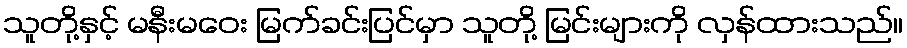
သူတို့နှင့် မနီးမဝေး မြက်ခင်းပြင်မှာ သူတို့ မြင်းများကို လှန်ထားသည်။